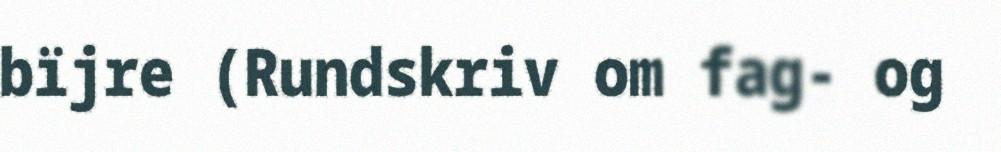
bïjre (Rundskriv om fag- og